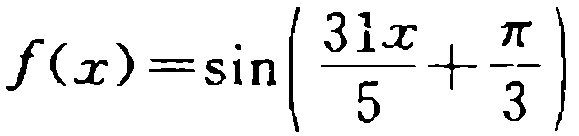
\(f(x)=\sin\left(\frac{31x}{5}+\frac{\pi}{3}\right)\)